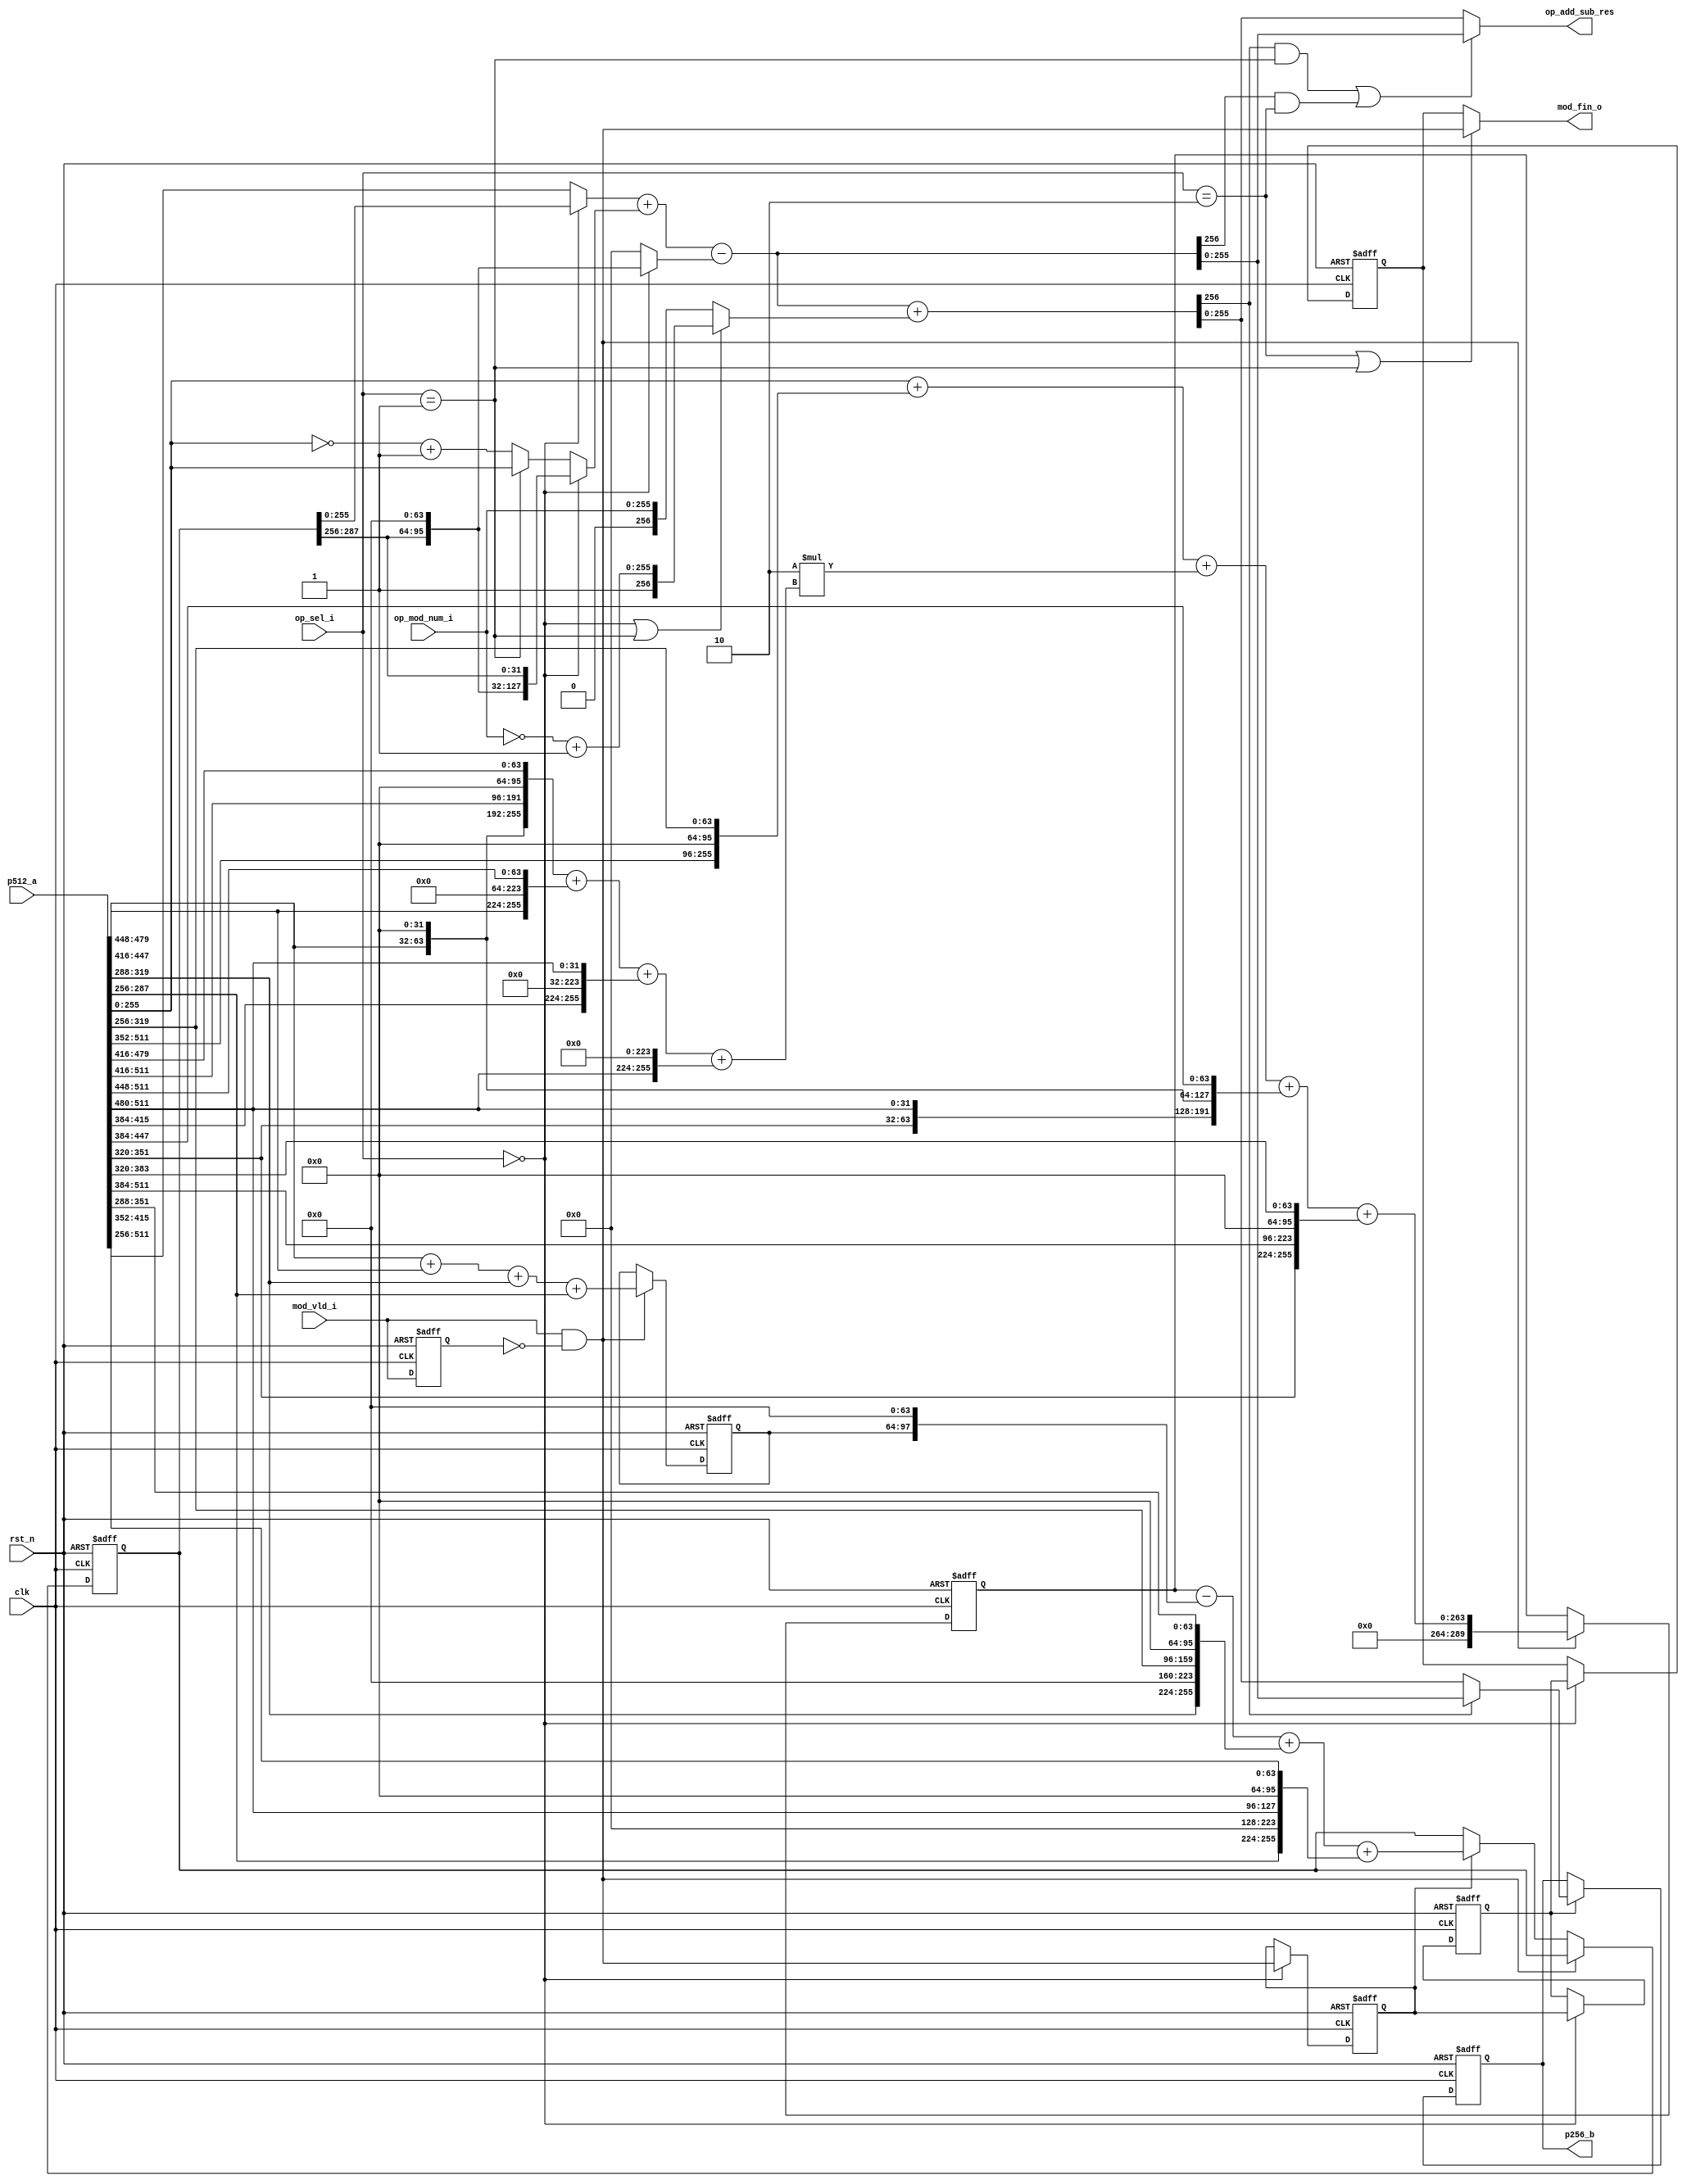
`timescale 1ns / 1ps
//////////////////////////////////////////////////////////////////////////////////
// Company:         SHU
// 
// Design Name: 
// Module Name:    spd_mod_sub_stgb  (stage B,Bspd_mod_sub(stage A)) 
// Project Name: 
// Target Devices: 
// Tool versions: 
// Description: 
//
// Dependencies: 
//
// Revision: 
// Revision 0.01 - File Created
// Additional Comments: 
//   b = a mod p256, 0<a<p^2
//   SPD_MOD_PIPE_STAGE 
//  
//////////////////////////////////////////////////////////////////////////////////
module spd_mod_sub_stgb(
    input           clk,
    input           rst_n,

    input           mod_vld_i,
    input [1:0]     op_sel_i,
    input [255:0]   op_mod_num_i,

    input [511:0]   p512_a,
    
    output[255:0]   op_add_sub_res,

    output          mod_fin_o,
    output reg [255:0]   p256_b
);

`define     SPD_MOD_PIPE_STAGE 3

localparam      OP_MUL = 2'b00;
localparam      OP_ADD = 2'b01;
localparam      OP_SUB = 2'b10;

//
wire [255:0]    op_a;
wire [255:0]    op_b;

wire [255:0]    mod_num_p_cmp; //-p
wire [255:0]    op_b_cmp;//-b
wire            op_is_add;
wire            op_is_sub;

//16 32bit  A
reg  [31:0]     m [15:0];

//14
wire [255:0]    s [14:0];

//290bit 
wire [289:0]    a_mid_290;
reg  [289:0]    a_mid_290_tmp;
reg  [289:0]    a_mid_290_tmp_1;

//9 a_mid_290 
reg  [31:0]     mm [8:0]; 

//34bit s11-s14
reg  [33:0]     s_tmp_11_14;

//
wire [255:0]    t1;
wire [255:0]    t2;
wire [255:0]    t3;
wire [256:0]    out_m;
wire [256:0]    out_m_mod;
wire            out_m_c;//==-pp
wire            out_m_mod_c;//==-pp

//
reg                 mod_vld_r1;
wire                mod_vld_redge;

//cycle
wire                mul_cyc_0;
reg                 mul_cyc_1,mul_cyc_2,mul_cyc_3;

//
wire [256:0]        op_mod_num;
wire [256:0]        op_mod_num_cmp;

// p256
wire [255:0]    P256 = {
    8'hFF, 8'hFF, 8'hFF, 8'hFE, 8'hFF, 8'hFF, 8'hFF, 8'hFF, /* p */
    8'hFF, 8'hFF, 8'hFF, 8'hFF, 8'hFF, 8'hFF, 8'hFF, 8'hFF,
    8'hFF, 8'hFF, 8'hFF, 8'hFF, 8'h00, 8'h00, 8'h00, 8'h00,
    8'hFF, 8'hFF, 8'hFF, 8'hFF, 8'hFF, 8'hFF, 8'hFF, 8'hFF 
    } ;
//wire [255:0]    P256;
//assign            P256 = op_mod_num_i;

integer i;

//
assign          {op_a,op_b}     =   p512_a;

//-p
assign          mod_num_p_cmp   =   op_is_add ? op_mod_num_i : ( ~op_mod_num_i ) + 1'b1; 
//-b
assign          op_b_cmp        =   op_is_add ? op_b : ( ~op_b ) + 1'b1; 

assign          op_is_add       =   op_sel_i == OP_ADD;
assign          op_is_sub       =   op_sel_i == OP_SUB;
assign          op_is_mul       =   op_sel_i == OP_MUL;

//
always @(posedge clk or negedge rst_n) begin
    if(~rst_n) begin
        mod_vld_r1              <= 1'b0;
    end else begin
        mod_vld_r1              <= mod_vld_i;
    end
end

assign              mod_vld_redge   =   mod_vld_i && ~mod_vld_r1;
//cycle
assign              mul_cyc_0       =   mod_vld_redge;
always @(posedge clk or negedge rst_n) begin
    if(~rst_n) begin
        {mul_cyc_1,mul_cyc_2,mul_cyc_3}   <= 3'b0;
    end else if(op_is_mul)begin
        {mul_cyc_1,mul_cyc_2,mul_cyc_3}   <= {mul_cyc_0,mul_cyc_1,mul_cyc_2};
    end
end


always@(*)begin
    for (i = 0; i<=15 ; i = i + 1 ) begin
        m[i] = p512_a[32*(i + 1) - 1 -:32];
    end
end

always@(*)begin
    for (i = 0; i<=8 ; i = i + 1 ) begin
        mm[i] = a_mid_290[32*(i + 1) - 1 -:32];
    end
end

assign      s[0] =    {32'h0	,32'h0	,32'h0	,32'h0	,32'h0	,32'h0	, 32'h0	,32'h0};
assign      s[1] =    {m[7] 	,m[6]	,m[5]	,m[4]	,m[3]	,m[2]	,m[1]	,m[0]};
assign      s[2] =    {m[15]	,m[14]	,m[13]	,m[12]	,m[11]	,32'h0	,m[9]	,m[8]};
assign      s[3] =    {m[14]	,32'h0	,m[15]	,m[14]	,m[13]	,32'h0	,m[14]	,m[13]};
assign      s[4] =    {m[13]	,32'h0	,32'h0	,32'h0	,32'h0	,32'h0	,m[15]	,m[14]};
assign      s[5] =    {m[12]	,32'h0	,32'h0	,32'h0	,32'h0	,32'h0	,32'h0	,m[15]};
assign      s[6] =    {m[11]	,m[11]	,m[10]	,m[15]	,m[14]	,32'h0	,m[13]	,m[12]};
assign      s[7] =    {m[10]	,m[15]	,m[14]	,m[13]	,m[12]	,32'h0	,m[11]	,m[10]};
assign      s[8] =    {m[9] 	,32'h0	,32'h0	,m[9]	,m[8]	,32'h0	,m[10]	,m[9]};
assign      s[9] =    {m[8] 	,32'h0	,32'h0	,32'h0	,m[15]	,32'h0	,m[12]	,m[11]};
assign      s[10] =   {m[15]	,32'h0	,32'h0	,32'h0	,32'h0	,32'h0	,32'h0	,32'h0};
assign      s[11] =   {32'h0	,32'h0	,32'h0	,32'h0	,32'h0	, m[14]	, 32'h0	,32'h0};
assign      s[12] =   {32'h0	,32'h0	,32'h0	,32'h0	,32'h0	, m[13]	, 32'h0	,32'h0};
assign      s[13] =   {32'h0	,32'h0	,32'h0	,32'h0	,32'h0	, m[9]	, 32'h0	,32'h0};
assign      s[14] =   {32'h0	,32'h0	,32'h0	,32'h0	,32'h0	, m[8]	, 32'h0	,32'h0};
// assign      a_mid_290 = s[1]+s[2]+2*(s[3]+s[4]+s[5]+s[10])+s[6]+s[7]+s[8]+s[9]-(s[11]+s[12]+s[13]+s[14]);
assign      a_mid_290 = a_mid_290_tmp_1;

always @(posedge clk or negedge rst_n) begin
    if(~rst_n) begin
        s_tmp_11_14                <= 34'd0;
        a_mid_290_tmp              <= 290'b0;
        a_mid_290_tmp_1            <= 290'b0;
    end else if(mul_cyc_0)begin
        s_tmp_11_14                <= m[14]+m[13]+m[9]+m[8];
        a_mid_290_tmp              <= s[1]+s[2]+2*(s[3]+s[4]+s[5]+s[10])+s[6]+s[7] ;
    end else if(mul_cyc_1)begin
        a_mid_290_tmp_1            <= a_mid_290_tmp-{s_tmp_11_14,64'h0}+s[8]+s[9];
    end
end

//
assign      t1  =   op_is_mul ? {mm[7],mm[6],mm[5],mm[4],mm[3],mm[2],mm[1],mm[0]}
                    :   op_a;
assign      t2  =   op_is_mul ? {mm[8], 32'h0,32'h0,32'h0,mm[8],32'h0,32'h0,mm[8]}
                    :   op_b_cmp;
assign      t3  =   op_is_mul ? {32'h0,32'h0,32'h0,32'h0,32'h0, mm[8], 32'h0,32'h0}
                    :   256'd0;
assign      op_mod_num = (op_is_mul || op_is_add) ? op_mod_num_cmp : op_mod_num_i;
assign      op_mod_num_cmp  =   {1'b1,{~op_mod_num_i + 1'b1}};
//
assign          out_m           = t1 + t2 - t3;         // /
assign          out_m_mod       = out_m + op_mod_num; //P  // /
// assign          out_m_mod       = out_m - op_mod_num_i;   // /

assign          out_m_c         =   out_m[256];    //
assign          out_m_mod_c     =   out_m_mod[256];//

always @(posedge clk or negedge rst_n) begin
    if(~rst_n) begin
        p256_b              <= 256'b0;
    end else if(mul_cyc_2)begin
        p256_b <= out_m_mod_c ? out_m[255:0] : out_m_mod[255:0];
    end
end

//
assign              mod_fin_o       =       op_is_sub || op_is_add ? mul_cyc_0 : mul_cyc_3;

//
assign              op_add_sub_res  =       ( (out_m_mod_c && op_is_add) || (out_m_c && op_is_sub))?  //()()
                                            out_m[255:0]
                                        :   out_m_mod[255:0]
                                        ;
endmodule